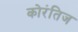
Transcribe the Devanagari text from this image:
कोरंतिज